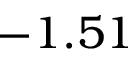
- 1 . 5 1